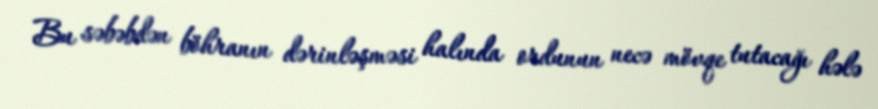
Bu səbəbdən böhranın dərinləşməsi halında ordunun necə mövqe tutacağı hələ